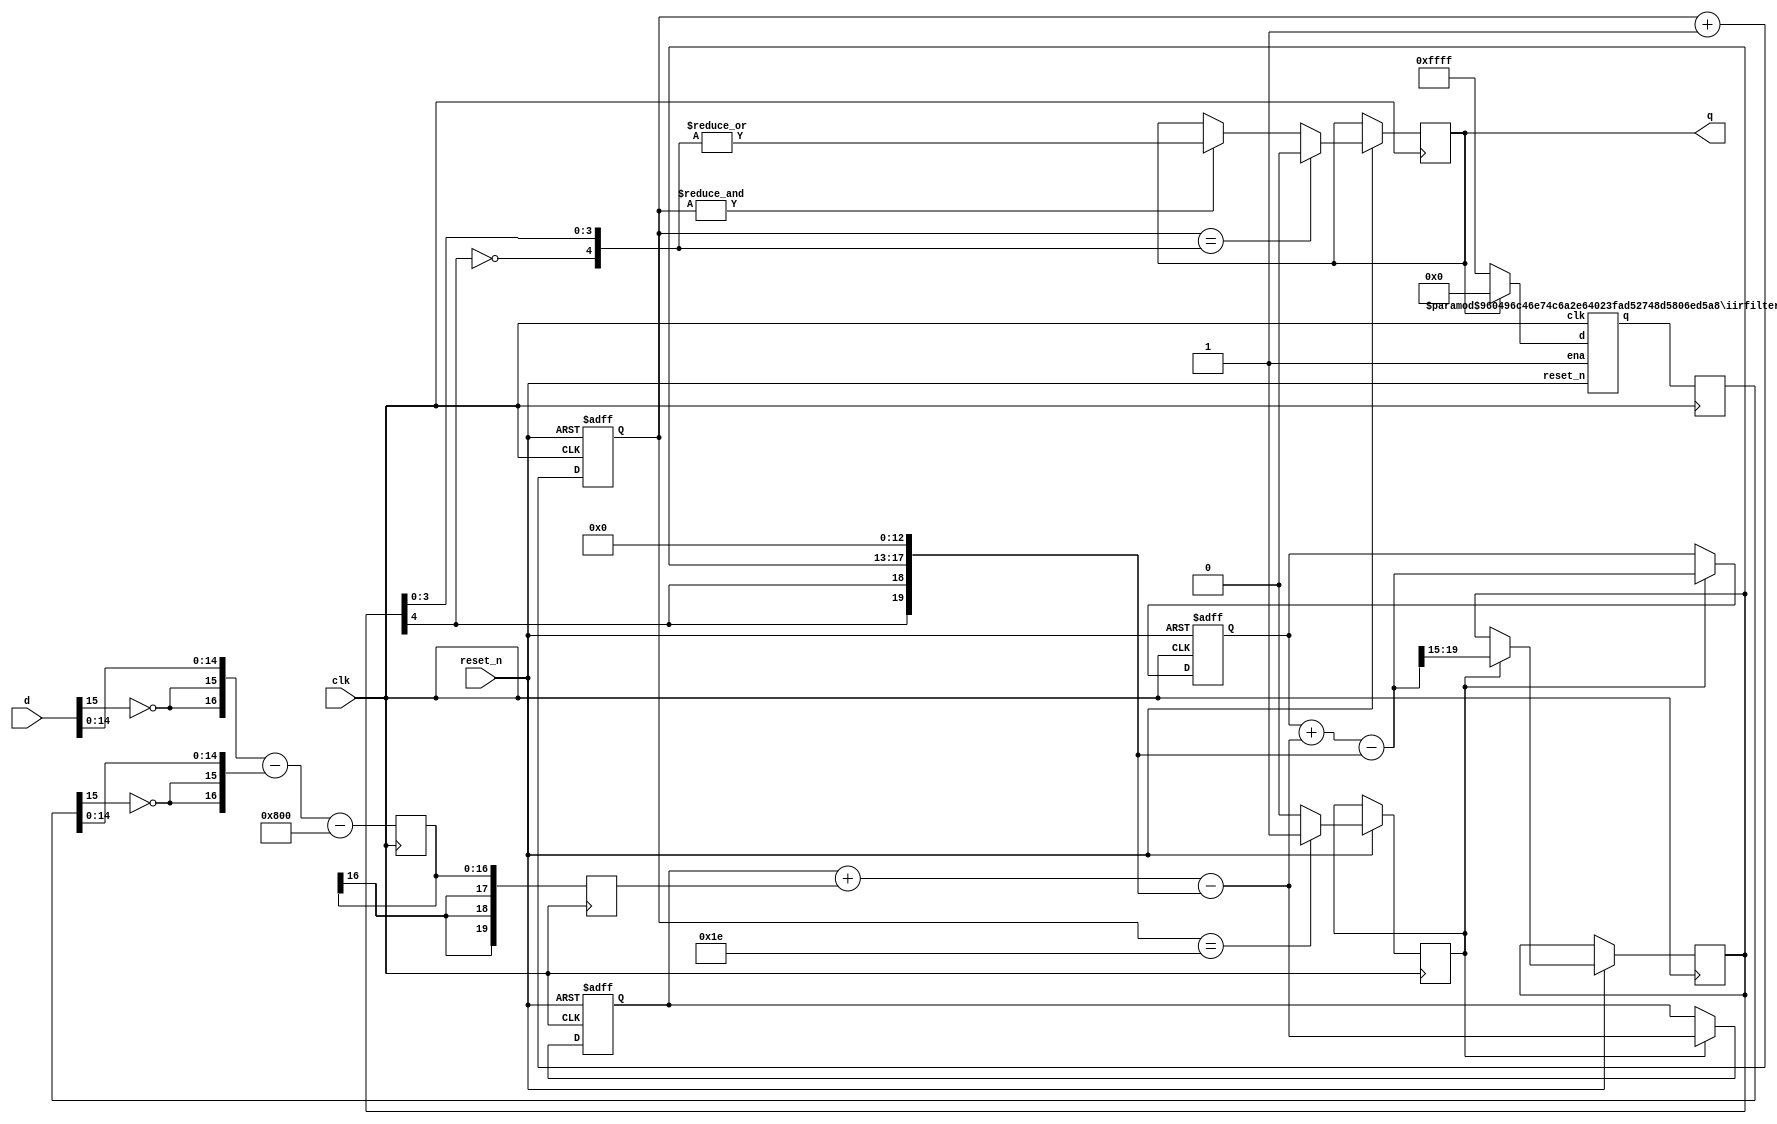
// Simplistic 2nd order Sigma Delta DAC with 5-bit PWM as an output stage
// and an IIR low pass filter added to the feedback loop.
// Copyright (c) 2022 by Alastair M. Robinson
//
// This program is free software: you can redistribute it and/or modify
// it under the terms of the GNU General Public License as published by
// the Free Software Foundation, either version 3 of the License, or
// (at your option) any later version.
//
// This program is distributed in the hope that they will
// be useful, but WITHOUT ANY WARRANTY; without even the implied warranty
// of MERCHANTABILITY or FITNESS FOR A PARTICULAR PURPOSE.  See the
// GNU General Public License for more details.
//
// You should have received a copy of the GNU General Public License
// along with this program.  If not, see <https://www.gnu.org/licenses/>
//


module hybrid_2ndorder_filtered #(parameter signalwidth=16)
(
	input clk,
	input reset_n,
	input [signalwidth-1:0] d, // Unsigned in
	output q
);

	reg newval;
 
	reg [signalwidth-1:0] outfiltered;
	reg [signalwidth+3:0] acc1;
	reg [signalwidth+3:0] acc2;

	reg [4:0] pwmthreshold;
	reg [signalwidth+1:0] d_offset;
	reg [signalwidth+3:0] d_ext;
	
	always @(posedge clk) begin
		// Convert unsigned to signed
		d_offset <= {{2{!d[signalwidth-1]}},d[signalwidth-2:0]}
			- {{2{!outfiltered[signalwidth-1]}},outfiltered[signalwidth-2:0]} // Subtract low-frequency components of quantised signal
			- {7'h1,{signalwidth-5{1'b0}}}; // Offset to correct for slight asymmetry in PWM
		d_ext <= {{4{d_offset[signalwidth]}},d_offset[signalwidth-1:0]}; // Sign extend
	end
			
	always @(posedge clk or negedge reset_n) begin
		if (!reset_n) begin
			acc1={signalwidth+4{1'b0}};
			acc2={signalwidth+4{1'b0}};
		end	else begin
			if(newval) begin
				acc1 = acc1 + d_ext - {{3{pwmthreshold[4]}},pwmthreshold[3:0],{signalwidth-3{1'b0}}};
				acc2 = acc2 + acc1		 - {{3{pwmthreshold[4]}},pwmthreshold[3:0],{signalwidth-3{1'b0}}};

				pwmthreshold <= acc2[signalwidth+3:signalwidth-1];
			end
		end
	end
		
	reg q_i;
	reg [4:0] pwmcounter;
	wire [4:0] pwmt;
	
	assign pwmt = {!pwmthreshold[4],pwmthreshold[3:0]}; // Convert back to signed

	always @(posedge clk or negedge reset_n) begin
		if(!reset_n)
			pwmcounter<=5'b0;
		else begin
			newval <= 1'b0;

			pwmcounter<=pwmcounter+1;

			if(pwmcounter==5'h1e) begin
				newval<=1'b1;
			end
			if(&pwmcounter) begin
				q_i <= |pwmt;
			end
			if(pwmcounter==pwmt)
				q_i<=1'b0;
			
		end			
	end

	assign q=q_i;

	// Approximation of the reconstruction filter, width chosen by experimentation.
	// We allow 6 bits for the coefficient (1/64) - but the appropriate amount of filtering
	// will depend on the oversampling ratio.

	wire [signalwidth-1:0] temp1;

	iirfilter # (.signalwidth(signalwidth),.cbits(6),.immediate(0)) outputfilter
	(
		.clk(clk),
		.reset_n(reset_n),
		.ena(1'b1),
		.d(q_i ? {signalwidth{1'b0}} : {signalwidth{1'b1}}),
		.q(temp1)
	);

	always @(posedge clk)
		outfiltered <= temp1;

endmodule

// Simplistic IIR low-pass filter.
// function is simply y += b * (x - y)
// where b=1/(1<<cbits)

module iirfilter # 
(
	parameter signalwidth = 16,
	parameter cbits = 5,	// Bits for coefficient (default 1/32)
	parameter immediate = 0
)
(
	input clk,
	input reset_n,
	input ena,
	input [signalwidth-1:0] d,
	output [signalwidth-1:0] q
);

reg [signalwidth+cbits-1:0] acc = {{signalwidth{1'b1}},{cbits{1'b0}}};
wire [signalwidth+cbits-1:0] acc_new;

wire [signalwidth+cbits:0] delta = {d,{cbits{1'b0}}} - acc;

assign acc_new = acc + {{cbits{delta[signalwidth+cbits]}},delta[signalwidth+cbits-1:cbits]};


always @(posedge clk, negedge reset_n)
begin
	if(!reset_n)
	begin
		acc[signalwidth+cbits-1:0]<={{signalwidth{1'b1}},{cbits{1'b0}}};
	end
	else if(ena)
		acc <= acc_new;
end

assign q=immediate ? acc_new[signalwidth+cbits-1:cbits] : acc[signalwidth+cbits-1:cbits];

endmodule